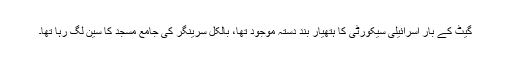
گیٹ کے بار اسرائیلی سیکورٹی کا ہتھیار بند دستہ موجود تھا، بالکل سرینگر کی جامع مسجد کا سین لگ رہا تھا۔